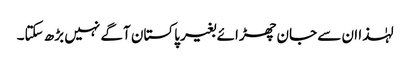
لہٰذا ان سے جان چھڑائے بغیر پاکستان آگے نہیں بڑھ سکتا۔